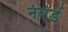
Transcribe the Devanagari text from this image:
नंबर्ड